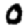
Digit: 0